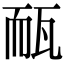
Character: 𤭃